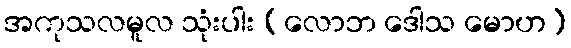
အကုသလမူလ သုံးပါး (လောဘ ဒေါသ မောဟ)